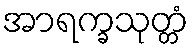
အာရက္ခသုတ္တံ